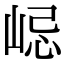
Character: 𡷞